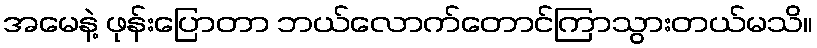
အမေနဲ့ ဖုန်းပြောတာ ဘယ်လောက်တောင်ကြာသွားတယ်မသိ။